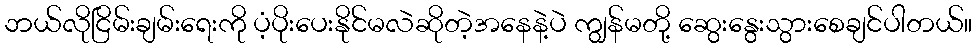
ဘယ်လိုငြိမ်းချမ်းရေးကို ပံ့ပိုးပေးနိုင်မလဲဆိုတဲ့အနေနဲ့ပဲ ကျွန်မတို့ ဆွေးနွေးသွားစေချင်ပါတယ်။